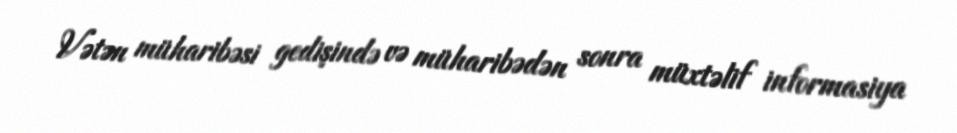
Vətən müharibəsi gedişində və müharibədən sonra müxtəlif informasiya